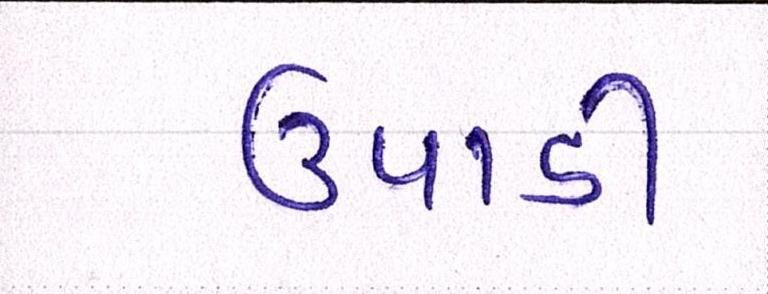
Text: ઉપાડી